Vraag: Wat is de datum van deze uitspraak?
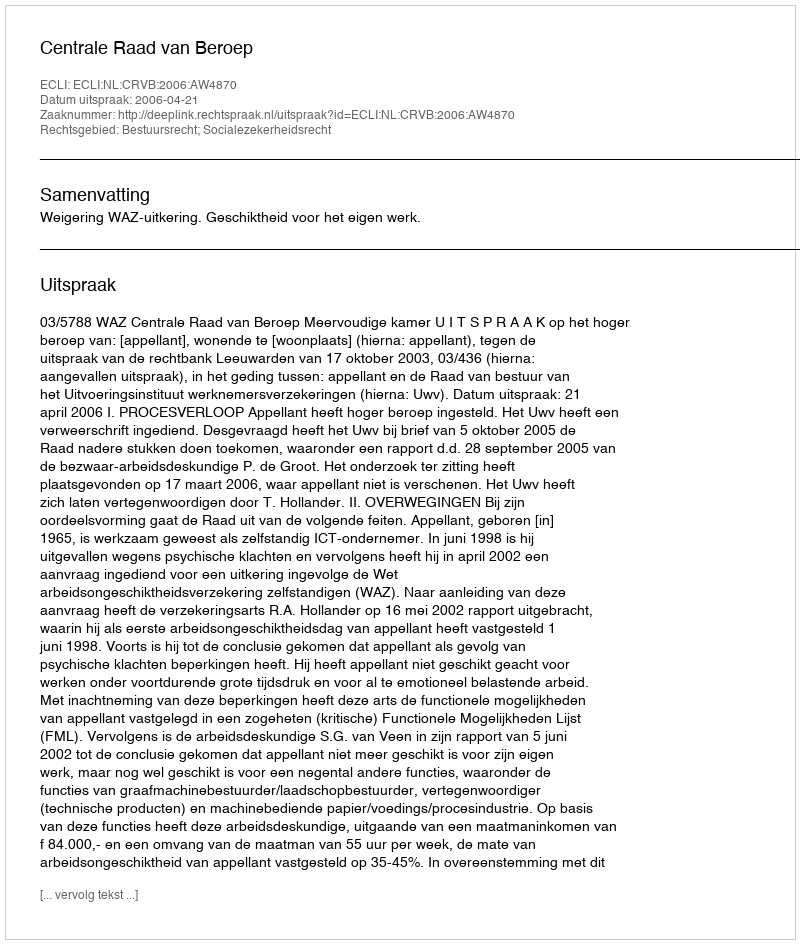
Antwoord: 2006-04-21